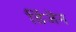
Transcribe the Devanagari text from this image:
डिंजेन